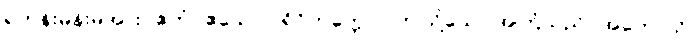
ရဟန်းမိန်းမအား။ ဧတံ (ဧသော ပရိဝိတက္ကော)၊ ဤသို့သော အကြံသည်။ အဟောသိ၊